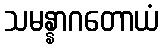
သမန္နာဂတောယံ